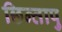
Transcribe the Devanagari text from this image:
छिन्तापु